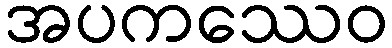
အပကဿေဝ